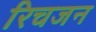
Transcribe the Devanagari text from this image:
रिचजन